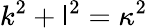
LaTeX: k^{2}+\mathsf{l}^{2}=\kappa^{2}